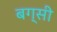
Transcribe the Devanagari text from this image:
बग्सी